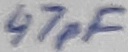
Text: 47pF